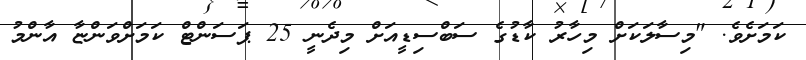
ކަމަށެވެ. "މިސާލަކަށް މިހާރު ކާޑުގެ ސަބްސިޑީއަށް މިދެނީ 25 ޕަސަންޓް ކަމަށްވަންޏާ އާންމު